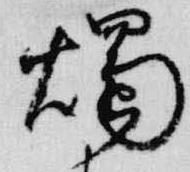
燭